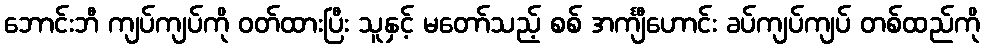
ဘောင်းဘီ ကျပ်ကျပ်ကို ဝတ်ထားပြီး သူနှင့် မတော်သည့် စစ် အင်္ကျီဟောင်း ခပ်ကျပ်ကျပ် တစ်ထည်ကို